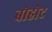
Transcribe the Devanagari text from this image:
बोहोट